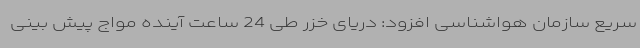
سریع سازمان هواشناسی افزود: دریای خزر طی 24 ساعت آینده مواج پیش بینی